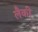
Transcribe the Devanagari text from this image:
लैकी